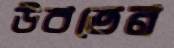
উবতেন